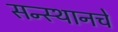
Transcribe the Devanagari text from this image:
सन्स्थानचे